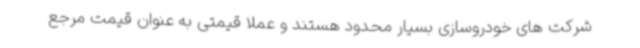
شرکت های خودروسازی بسیار محدود هستند و عملاً قیمتی به عنوان قیمت مرجع